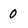
Character: 0